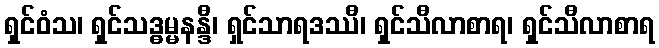
ရှင်ဝံသ၊ ရှင်သဒ္ဓမ္မနန္ဒီ၊ ရှင်သာရဒဿီ၊ ရှင်သီလာစာရ၊ ရှင်သီလာစာရ